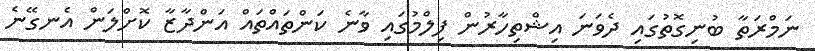
ނަމްރަތާ ބުނިގޮތުގައި ދެވަނަ އިޝްތިހާރުން ފިލްމުގައި ވާނެ ކަންތައްތައް އަންދާޒާ ކޮށްލަން އެނގޭނެ